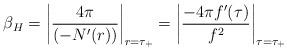
LaTeX: \begin{align*}\beta _{H}=\left| \frac{4\pi }{(-N^{\prime }(r))}\right| _{r=\tau_{+}}=\left| \frac{-4\pi f^{\prime }(\tau )}{f^{2}}\right| _{\tau =\tau _{+}}\end{align*}